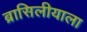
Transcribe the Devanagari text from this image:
ब्रासिलीयाला